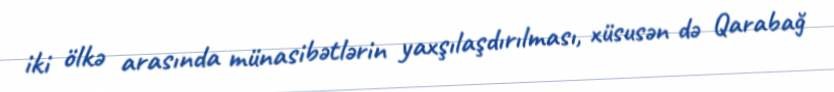
iki ölkə arasında münasibətlərin yaxşılaşdırılması, xüsusən də Qarabağ